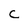
Character: c